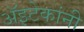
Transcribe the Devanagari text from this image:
अॅझ्टेकांनी